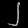
Digit: ၂